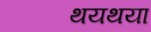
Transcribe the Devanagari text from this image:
थयथया